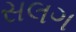
સલગ